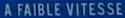
AFAIBLEVITESSE